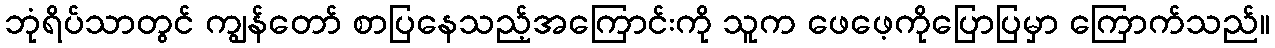
ဘုံရိပ်သာတွင် ကျွန်တော် စာပြနေသည့်အကြောင်းကို သူက ဖေဖေ့ကိုပြောပြမှာ ကြောက်သည်။